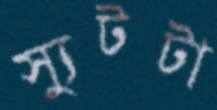
স্যুটটা